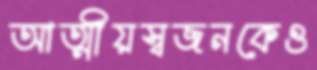
আত্মীয়স্বজনকেও